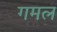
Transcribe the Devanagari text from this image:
गमल